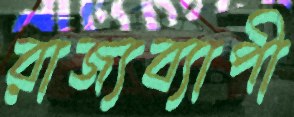
রাজ্যব্যাপী